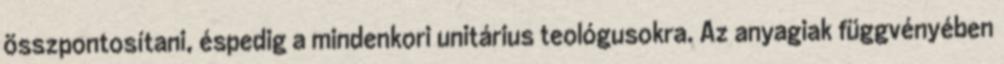
összpontosítani, éspedig a mindenkori unitárius teológusokra. Az anyagiak függvényében